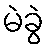
မဲခွဲ